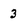
Character: 3